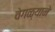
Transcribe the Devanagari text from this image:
वेगळ्याने